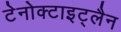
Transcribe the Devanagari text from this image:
टेनोक्टाइट्लैन